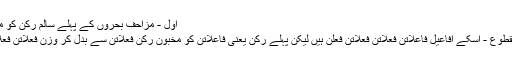
اول - مزاحف بحروں کے پہلے سالم رکن کو مخبون رکن سے بدل دینا، جیسے
بحر رمل مثمن مخبون محذوف مقطوع - اسکے افاعیل فاعلاتن فعلاتن فعلاتن فعلن ہیں لیکن پہلے رکن یعنی فاعلاتن کو مخبون رکن فعلاتن سے بدل کر وزن فعلاتن فعلاتن فعلاتن فعلن بھی ہو جاتا ہے۔